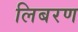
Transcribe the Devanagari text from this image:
लिबरण